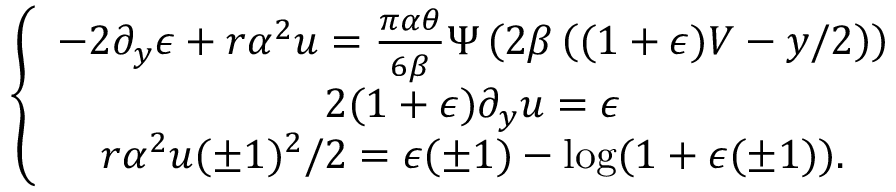
\left\lbrace \begin{array} { c } { - 2 \partial _ { y } \epsilon + r \alpha ^ { 2 } u = \frac { \pi \alpha \theta } { 6 \beta } \Psi \left( 2 \beta \left( ( 1 + \epsilon ) V - y / 2 \right) \right) } \\ { 2 ( 1 + \epsilon ) \partial _ { y } u = \epsilon } \\ { r \alpha ^ { 2 } u ( \pm 1 ) ^ { 2 } / 2 = \epsilon ( \pm 1 ) - \log ( 1 + \epsilon ( \pm 1 ) ) . } \end{array} \right.